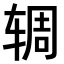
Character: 𫐏